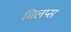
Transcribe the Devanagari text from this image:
बिलप्स